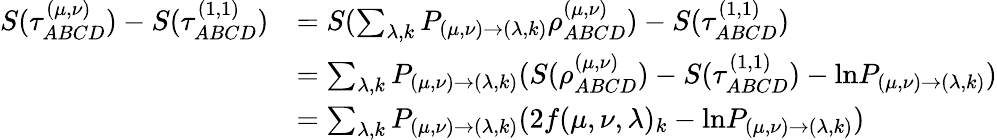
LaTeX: \begin{array}{rl}{S(\tau_{ABCD}^{(\mu,\nu)})-S(\tau_{ABCD}^{(1,1)})}&{=S(\sum_{\lambda,k}P_{(\mu,\nu)\rightarrow(\lambda,k)}\rho_{ABCD}^{(\mu,\nu)})-S(\tau_{ABCD}^{(1,1)})}\\ &{=\sum_{\lambda,k}P_{(\mu,\nu)\rightarrow(\lambda,k)}(S(\rho_{ABCD}^{(\mu,\nu)})-S(\tau_{ABCD}^{(1,1)})-\mathrm{ln}P_{(\mu,\nu)\rightarrow(\lambda,k)})}\\ &{=\sum_{\lambda,k}P_{(\mu,\nu)\rightarrow(\lambda,k)}(2f(\mu,\nu,\lambda)_{k}-\mathrm{ln}P_{(\mu,\nu)\rightarrow(\lambda,k)})}\end{array}